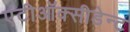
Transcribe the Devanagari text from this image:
एंटीऑक्सीडेन्ट